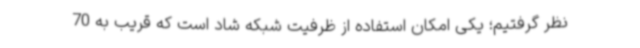
نظر گرفتیم؛ یکی امکان استفاده از ظرفیت شبکه شاد است که قریب به 70